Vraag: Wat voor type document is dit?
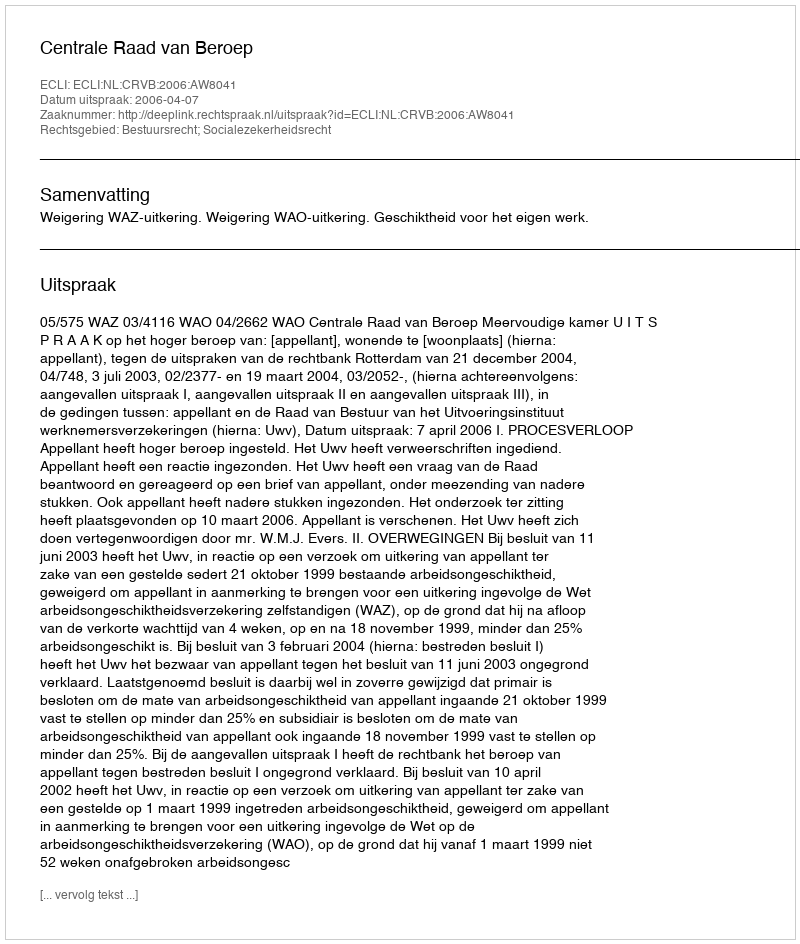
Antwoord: Uitspraak